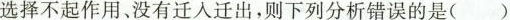
选择不起作用、没有迁入迁出，则下列分析错误的是()